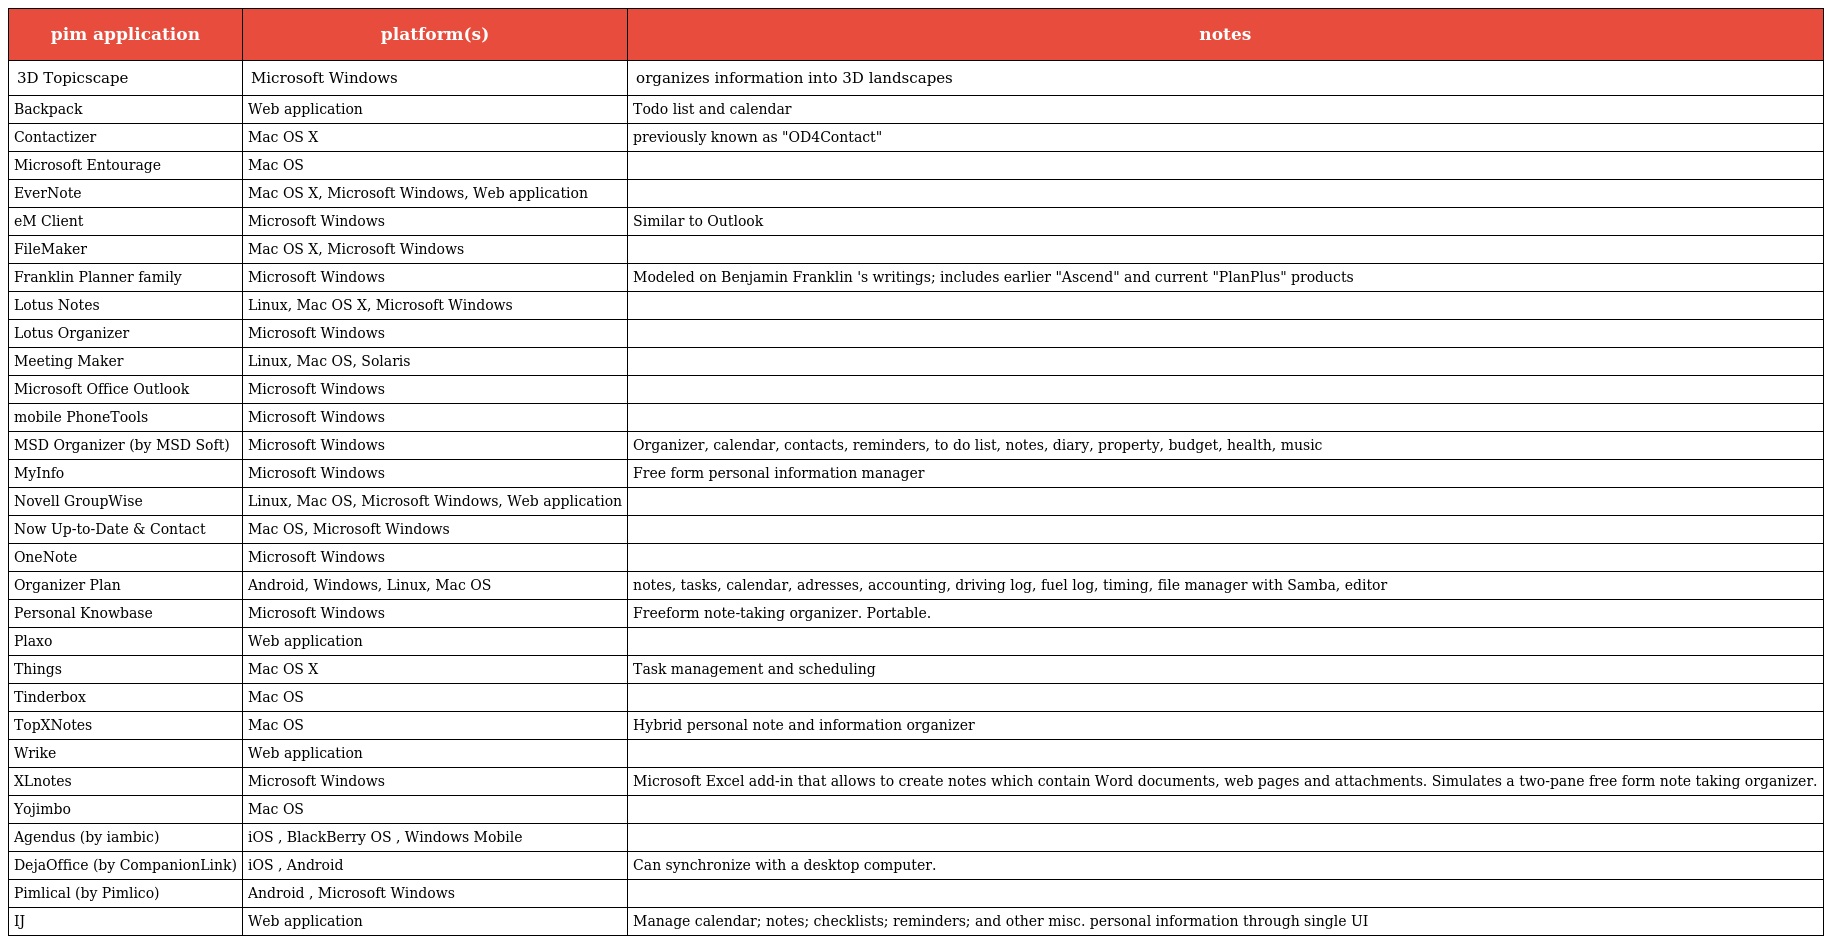
| pim application | platform(s) | notes |
 | --- | --- | --- |
 | 3D Topicscape | Microsoft Windows | organizes information into 3D landscapes |
 | Backpack | Web application | Todo list and calendar |
 | Contactizer | Mac OS X | previously known as "OD4Contact" |
 | Microsoft Entourage | Mac OS |  |
 | EverNote | Mac OS X, Microsoft Windows, Web application |  |
 | eM Client | Microsoft Windows | Similar to Outlook |
 | FileMaker | Mac OS X, Microsoft Windows |  |
 | Franklin Planner family | Microsoft Windows | Modeled on Benjamin Franklin 's writings; includes earlier "Ascend" and current "PlanPlus" products |
 | Lotus Notes | Linux, Mac OS X, Microsoft Windows |  |
 | Lotus Organizer | Microsoft Windows |  |
 | Meeting Maker | Linux, Mac OS, Solaris |  |
 | Microsoft Office Outlook | Microsoft Windows |  |
 | mobile PhoneTools | Microsoft Windows |  |
 | MSD Organizer (by MSD Soft) | Microsoft Windows | Organizer, calendar, contacts, reminders, to do list, notes, diary, property, budget, health, music |
 | MyInfo | Microsoft Windows | Free form personal information manager |
 | Novell GroupWise | Linux, Mac OS, Microsoft Windows, Web application |  |
 | Now Up-to-Date & Contact | Mac OS, Microsoft Windows |  |
 | OneNote | Microsoft Windows |  |
 | Organizer Plan | Android, Windows, Linux, Mac OS | notes, tasks, calendar, adresses, accounting, driving log, fuel log, timing, file manager with Samba, editor |
 | Personal Knowbase | Microsoft Windows | Freeform note-taking organizer. Portable. |
 | Plaxo | Web application |  |
 | Things | Mac OS X | Task management and scheduling |
 | Tinderbox | Mac OS |  |
 | TopXNotes | Mac OS | Hybrid personal note and information organizer |
 | Wrike | Web application |  |
 | XLnotes | Microsoft Windows | Microsoft Excel add-in that allows to create notes which contain Word documents, web pages and attachments. Simulates a two-pane free form note taking organizer. |
 | Yojimbo | Mac OS |  |
 | Agendus (by iambic) | iOS , BlackBerry OS , Windows Mobile |  |
 | DejaOffice (by CompanionLink) | iOS , Android | Can synchronize with a desktop computer. |
 | Pimlical (by Pimlico) | Android , Microsoft Windows |  |
 | IJ | Web application | Manage calendar; notes; checklists; reminders; and other misc. personal information through single UI |